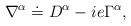
\begin{align*}\nabla^\alpha \doteq D^\alpha -ie\Gamma^\alpha,\end{align*}